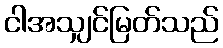
ငါအသျှင်မြတ်သည်